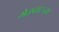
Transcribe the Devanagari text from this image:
मेळघाटच्या